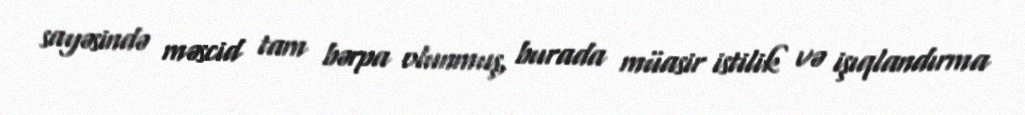
sayəsində məscid tam bərpa olunmuş, burada müasir istilik və işıqlandırma